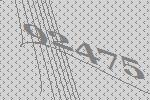
92475